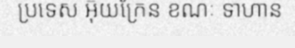
ប្រទេស អ៊ុយក្រែន ខណៈ ទាហាន